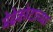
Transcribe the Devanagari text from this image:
मेढेकोटाच्या